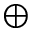
\oplus